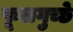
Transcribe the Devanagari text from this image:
फूलगुच्छे